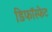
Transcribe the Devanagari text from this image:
डिफॉस्फेट